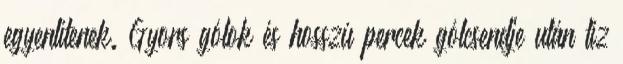
egyenlítenek. Gyors gólok és hosszú percek gólcsendje után tíz